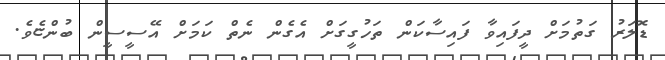
ޑޮލަރު ގަތުމަށް ދީފައިވާ ފައިސާކަން ތަހުގީގަށް އެގެން ނެތް ކަމަށް އޭސީސީން ބުންޏެވެ.